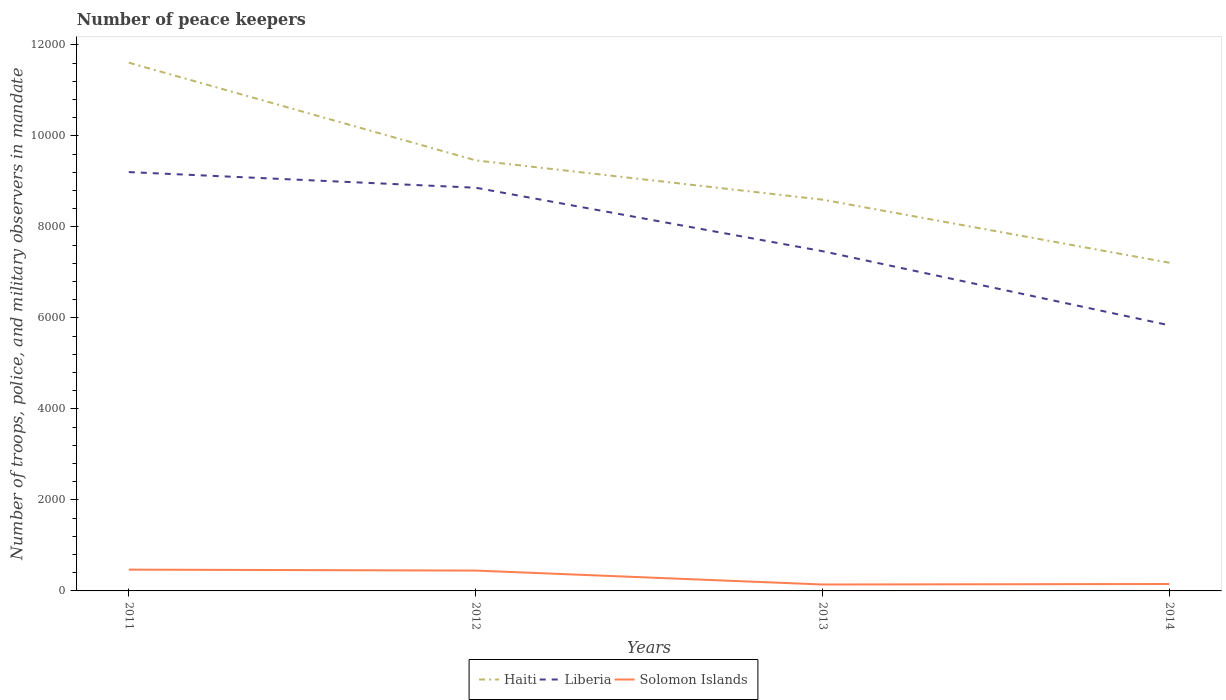
| Years | Haiti | Liberia | Solomon Islands |
 | --- | --- | --- | --- |
 | 2011 | 1.16e+04 | 9.21e+03 | 468 |
 | 2012 | 9.46e+03 | 8.86e+03 | 447 |
 | 2013 | 8.6e+03 | 7.47e+03 | 141 |
 | 2014 | 7.21e+03 | 5.84e+03 | 152 |